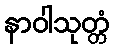
နာဝါသုတ္တံ